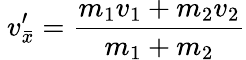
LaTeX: \ v_{\bar{x}}^{\prime}={\frac{m_{1}v_{1}+m_{2}v_{2}}{m_{1}+m_{2}}}